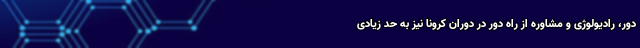
دور، رادیولوژی و مشاوره از راه دور در دوران کرونا نیز به حد زیادی